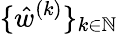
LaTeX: \{ \hat{w}^{(k)}\} _{k\in\mathbb{N}}